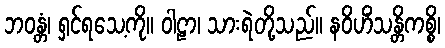
ဘဝန္တံ၊ ရှင်ရသေ့ကို။ ဝါဠာ၊ သားရဲတို့သည်။ နဝိဟိံသန္တိကစ္စိ၊